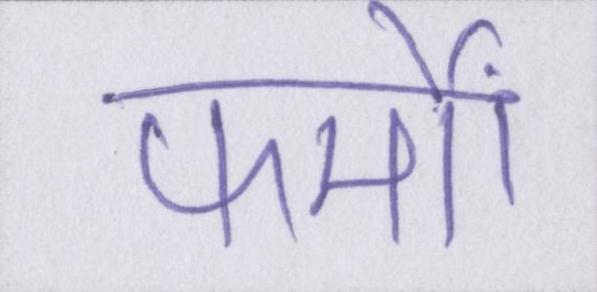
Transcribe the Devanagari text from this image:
फर्मों